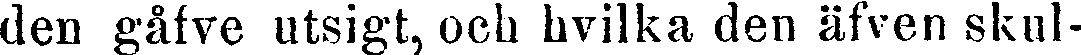
den gåfve utsigt, och hvilka den äfven skul-